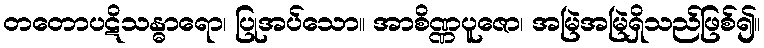
တတောပဋိသန္ဓာရော၊ ပြုအပ်သော။ အာစိဏ္ဏပူဇော၊ အမြဲအမြဲရှိသည်ဖြစ်၍။